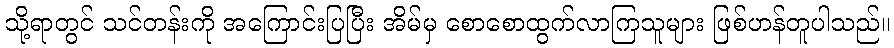
သို့ရာတွင် သင်တန်းကို အကြောင်းပြပြီး အိမ်မှ စောစောထွက်လာကြသူများ ဖြစ်ဟန်တူပါသည်။